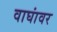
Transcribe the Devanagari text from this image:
वाघांवर